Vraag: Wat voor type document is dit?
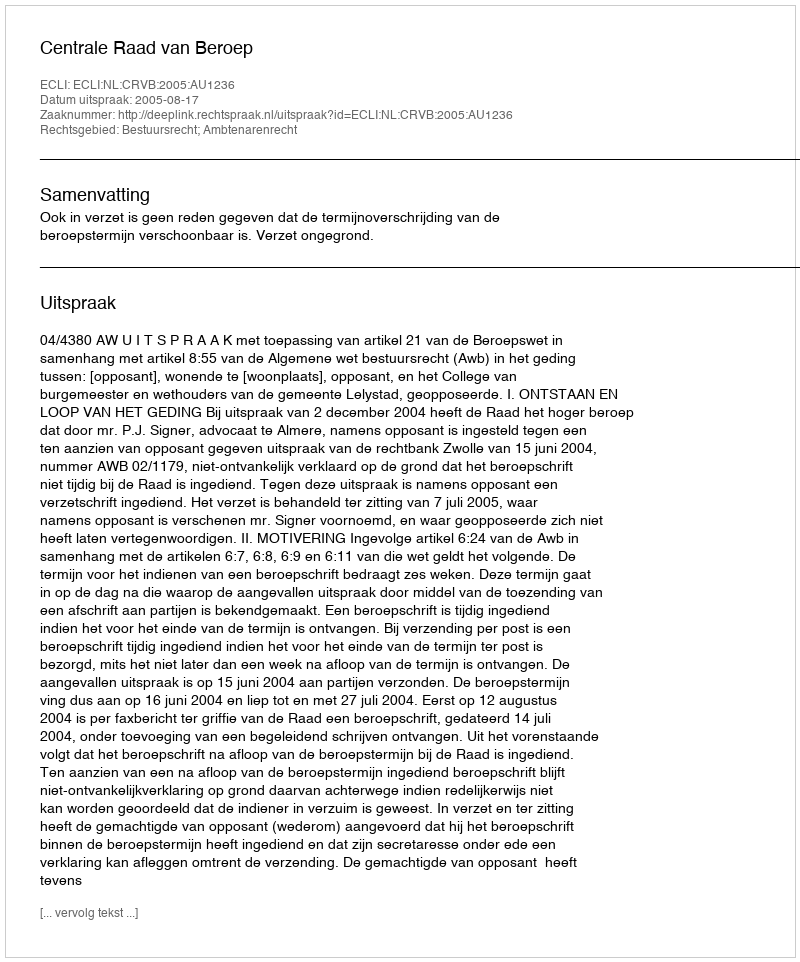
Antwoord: Uitspraak